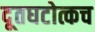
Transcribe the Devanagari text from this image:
दूतघटोत्कच